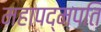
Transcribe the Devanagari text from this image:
महापद्मपति